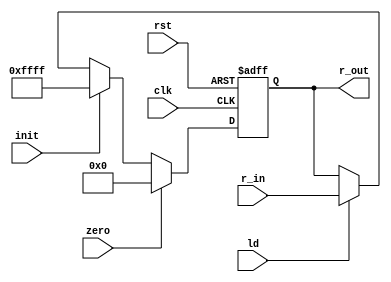
`timescale 1 ns/ 100 ps
module register18 (input clk,rst,zero,init,ld, input [17:0] r_in, output reg [17:0] r_out);

	always@(posedge clk, posedge rst)begin
		if(rst == 1'b1)
			r_out <= 0;
		else
			if(zero == 1'b1)
				r_out <= 0;
			else if (init == 1'b1)
				r_out <= 16'hFFFF;
			else if(ld == 1'b1)
				r_out <= r_in;
	end
 endmodule